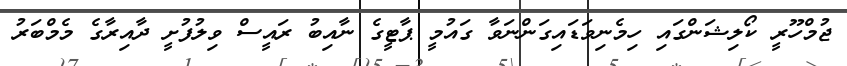
ޖުމްހޫރީ ކޯލިޝަންގައި ހިމެނިވަޑައިގަންނަވާ ގައުމީ ޕާޓީގެ ނާއިބު ރައީސް ވިލުފުށީ ދާއިރާގެ މެމްބަރު